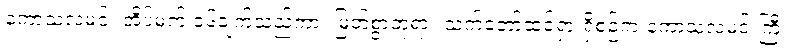
ကောသလမင်း အိပ်မက် ၁၆ချက်သည်ကား မြတ်စွာဘုရား သက်တော်ထင်ရှားရှိစဉ်က ကောသလမင်းကြီး